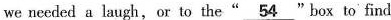
we needed a laugh,or to the“\underline{54}”box to find